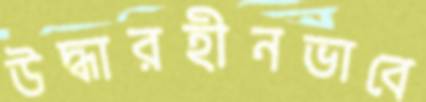
উদ্ধারহীনভাবে